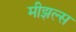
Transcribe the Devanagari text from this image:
मीझल्स